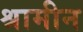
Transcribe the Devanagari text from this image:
श्रामीन